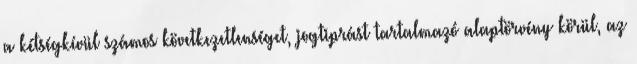
a kétségkívül számos következetlenséget, jogtiprást tartalmazó alaptörvény körül, az